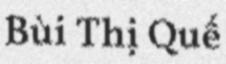
Bùi Thị Quế